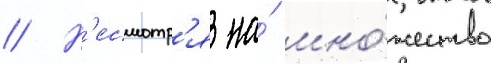
// Н'есмотр'я на́ мно́жество